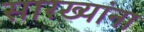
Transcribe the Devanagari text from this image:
सारख्यांना